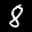
Label: 8